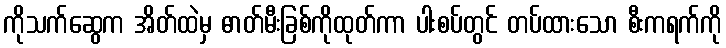
ကိုသက်ဆွေက အိတ်ထဲမှ ဓာတ်မီးခြစ်ကိုထုတ်ကာ ပါးစပ်တွင် တပ်ထားသော စီးကရက်ကို